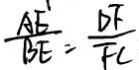
\frac { A E } { B E } = \frac { D F } { F C }